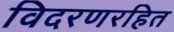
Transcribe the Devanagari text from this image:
विदरणरहित